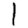
Digit: 1